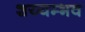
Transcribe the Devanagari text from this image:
शय्यम्भव